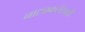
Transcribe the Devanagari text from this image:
नाट्यकलेसाठी